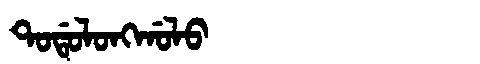
Manchu: ᡨᠣᡩᠣᠯᠣᠩᡤᠣᠯᠣ
Romanization: TODOLONGGOLO